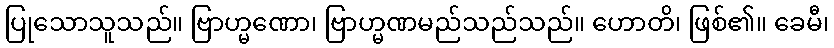
ပြုသောသူသည်။ ဗြာဟ္မဏော၊ ဗြာဟ္မဏမည်သည်သည်။ ဟောတိ၊ ဖြစ်၏။ ခေမီ၊